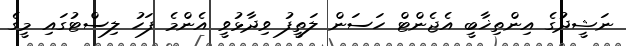
ނަޝީދުގެ އިންތިޚާބީ އެޖެންޓް ހަސަން ލަތީފު ވިދާޅުވީ އެންމެ ފަހު ލިސްޓުގައި މީގެ